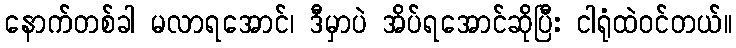
နောက်တစ်ခါ မလာရအောင်၊ ဒီမှာပဲ အိပ်ရအောင်ဆိုပြီး ငါရုံထဲဝင်တယ်။